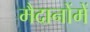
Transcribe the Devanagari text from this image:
मैदानोंमें